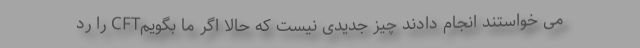
می خواستند انجام دادند چیز جدیدی نیست که حالا اگر ما بگویمCFT را رد